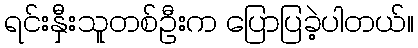
ရင်းနှီးသူတစ်ဦးက ပြောပြခဲ့ပါတယ်။